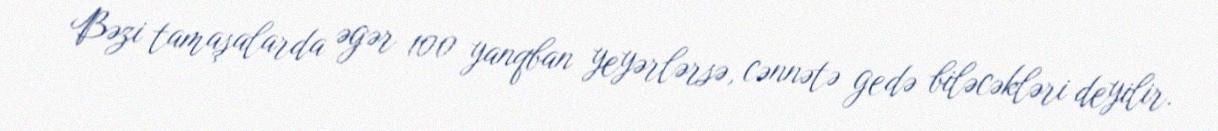
Bəzi tamaşalarda əgər 100 yanqban yeyərlərsə, cənnətə gedə biləcəkləri deyilir.